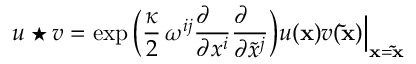
u \star v = \exp \Big ( { \frac { \kappa } { 2 } } \, \omega ^ { i j } { \frac { \partial \phantom { x ^ { i } } } { \partial x ^ { i } } } { \frac { \partial \phantom { x ^ { j } } } { \partial { \tilde { x } } ^ { j } } } \Big ) u ( { \bf x } ) v ( { \bf { \tilde { x } } } ) \Big \vert _ { { \bf x } = { \bf { \tilde { x } } } }